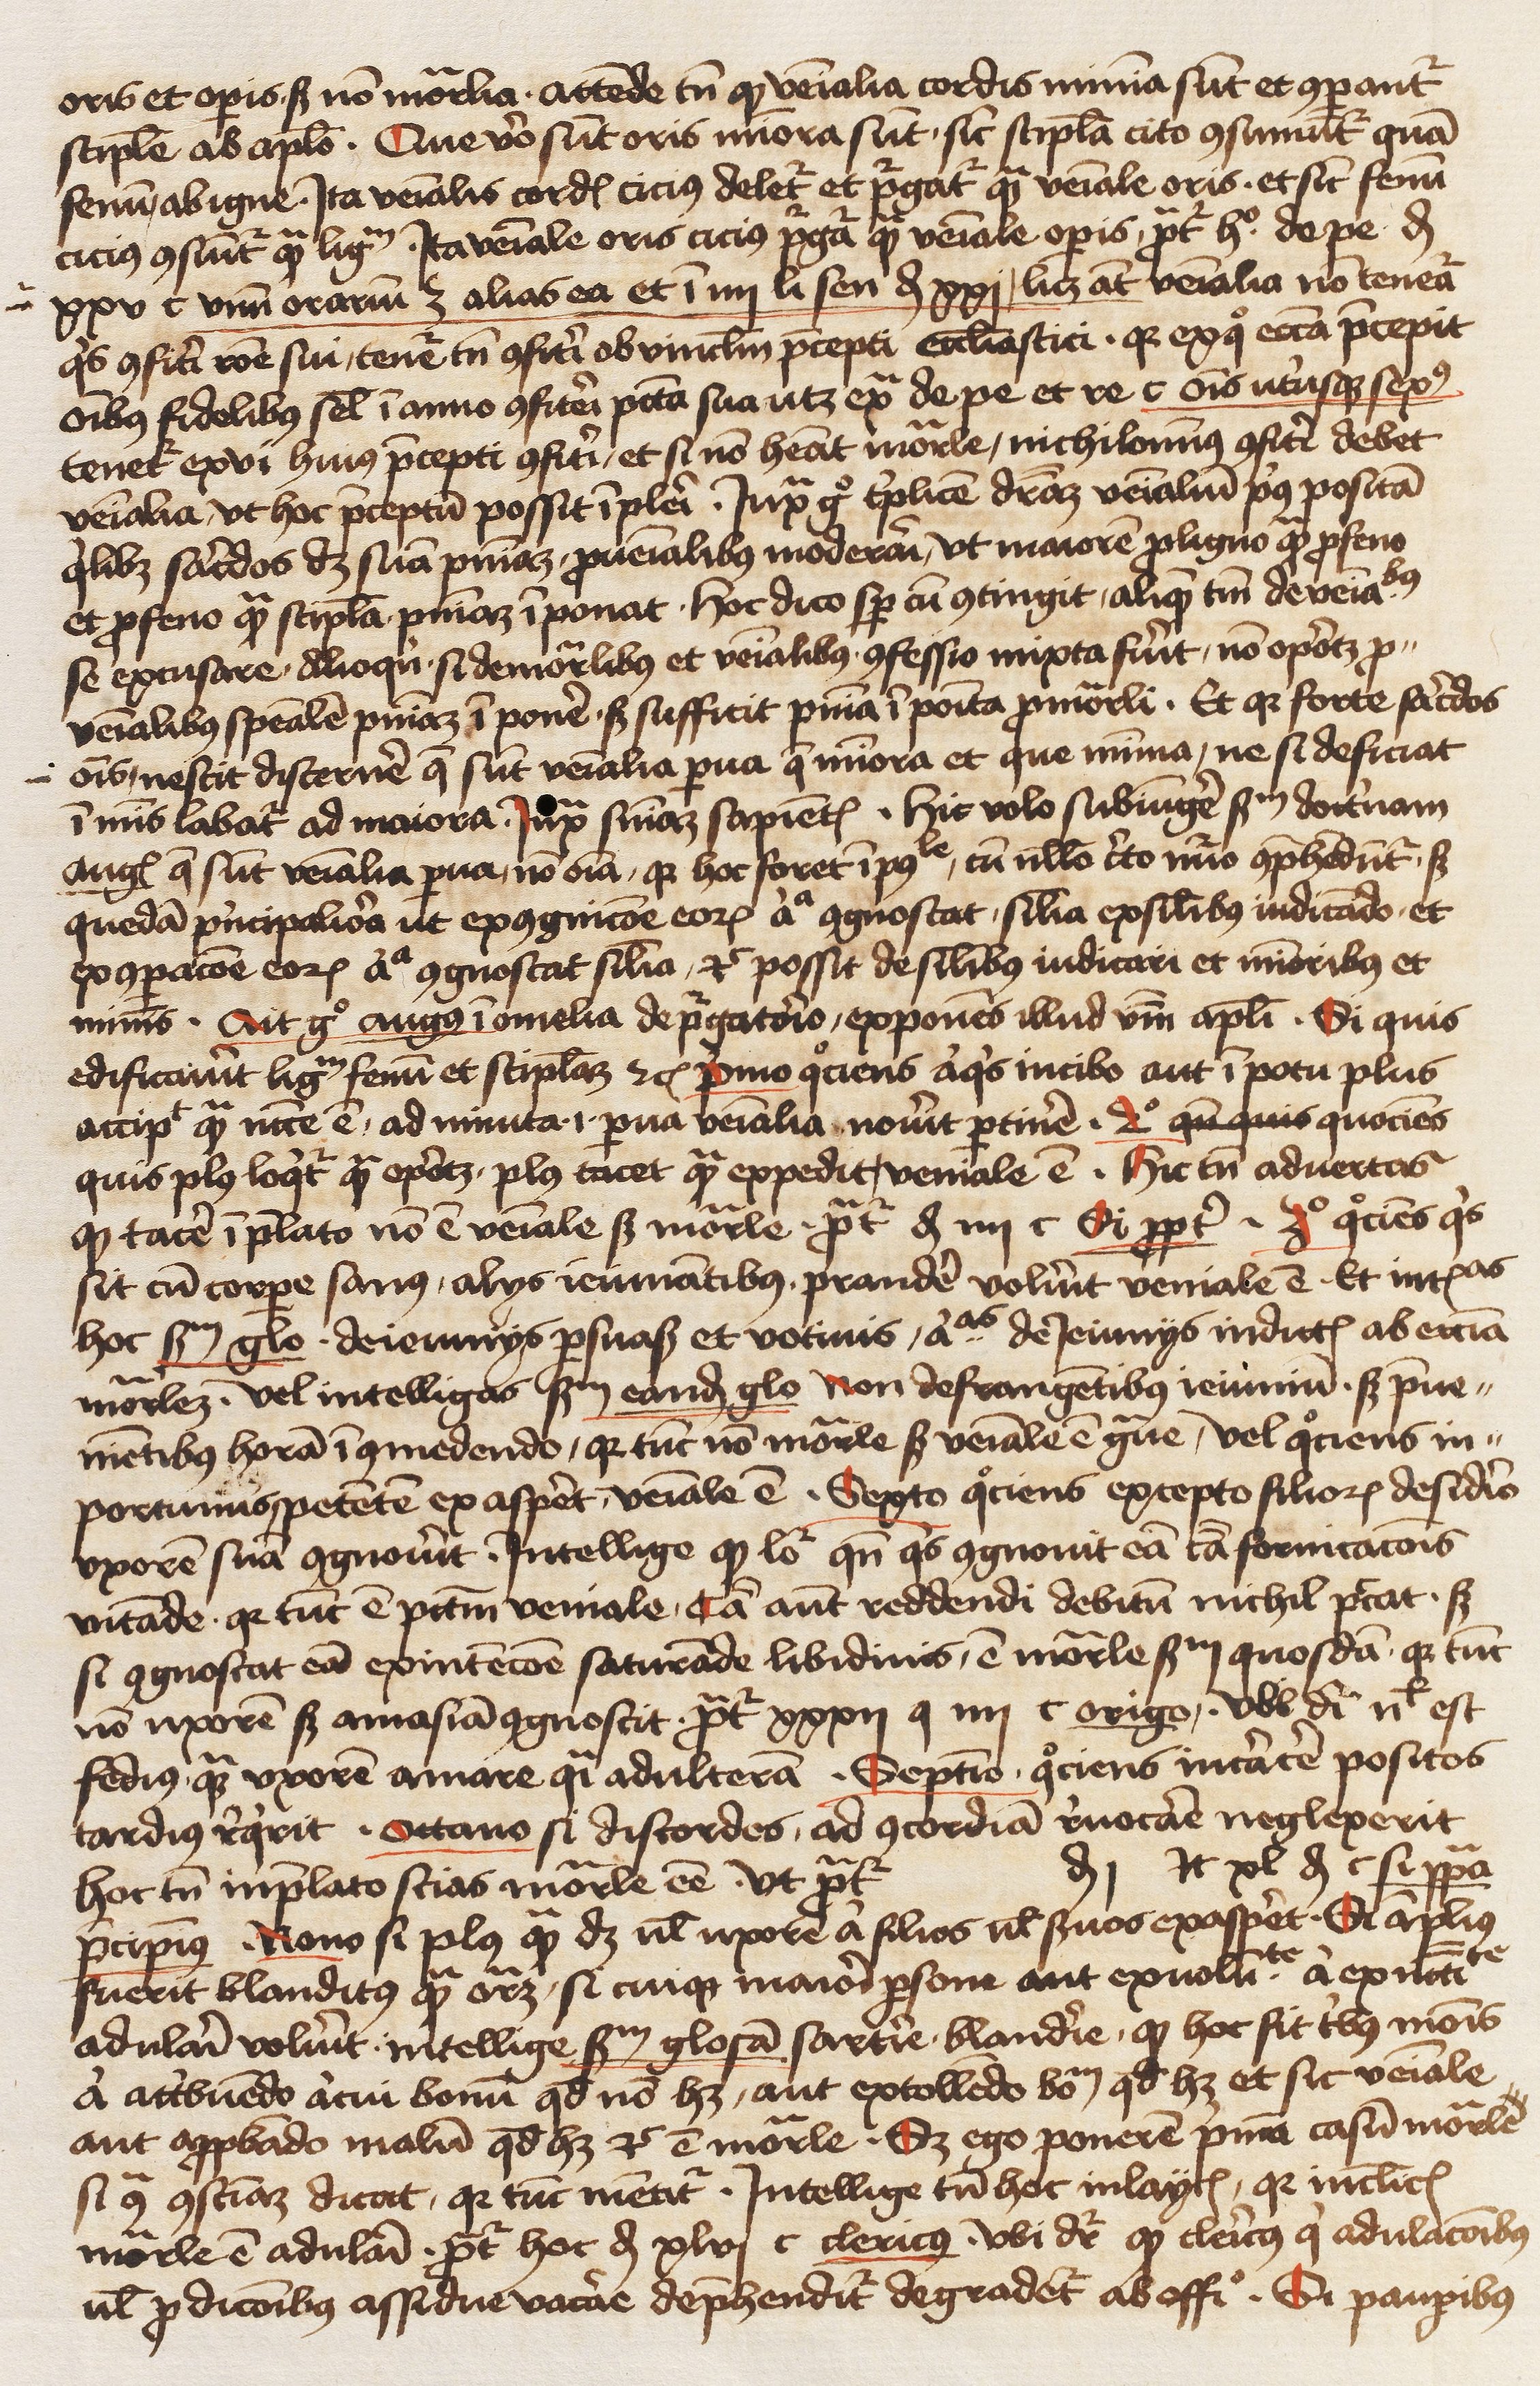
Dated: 1450–1499